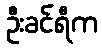
ဦးခင်ရီက